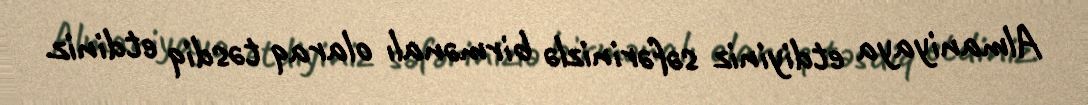
Almaniyaya etdiyiniz səfərinizlə birmənalı olaraq təsdiq etdiniz.